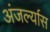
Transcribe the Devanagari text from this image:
अंजर्ल्यास